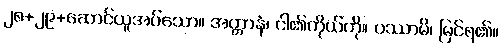
၂၈+၂၉+ဆောင်ယူအပ်သော။ အတ္တာနံ၊ ငါ၏ကိုယ်ကို။ ပဿာမိ၊ မြင်ရ၏။